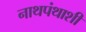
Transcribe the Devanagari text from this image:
नाथपंथाशी